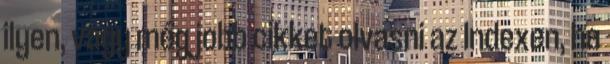
ilyen, vagy még jobb cikket olvasni az Indexen, ha